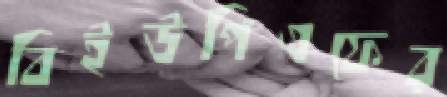
বিইউপিএফের